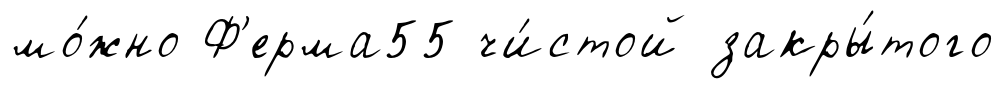
мо́жно Ф'ерма55 чи́стой закры́того